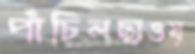
পাঁচিলছাওয়